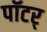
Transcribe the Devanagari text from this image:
पॉटर्